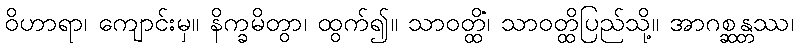
ဝိဟာရာ၊ ကျောင်းမှ။ နိက္ခမိတွာ၊ ထွက်၍။ သာဝတ္ထိံ၊ သာဝတ္ထိပြည်သို့။ အာဂစ္ဆန္တဿ၊